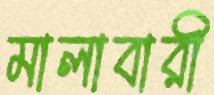
মালাবারী